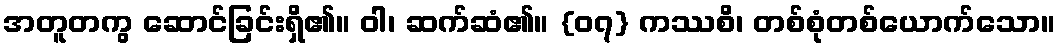
အတူတကွ ဆောင်ခြင်းရှိ၏။ ဝါ၊ ဆက်ဆံ၏။ {၀၇} ကဿစိ၊ တစ်စုံတစ်ယောက်သော။